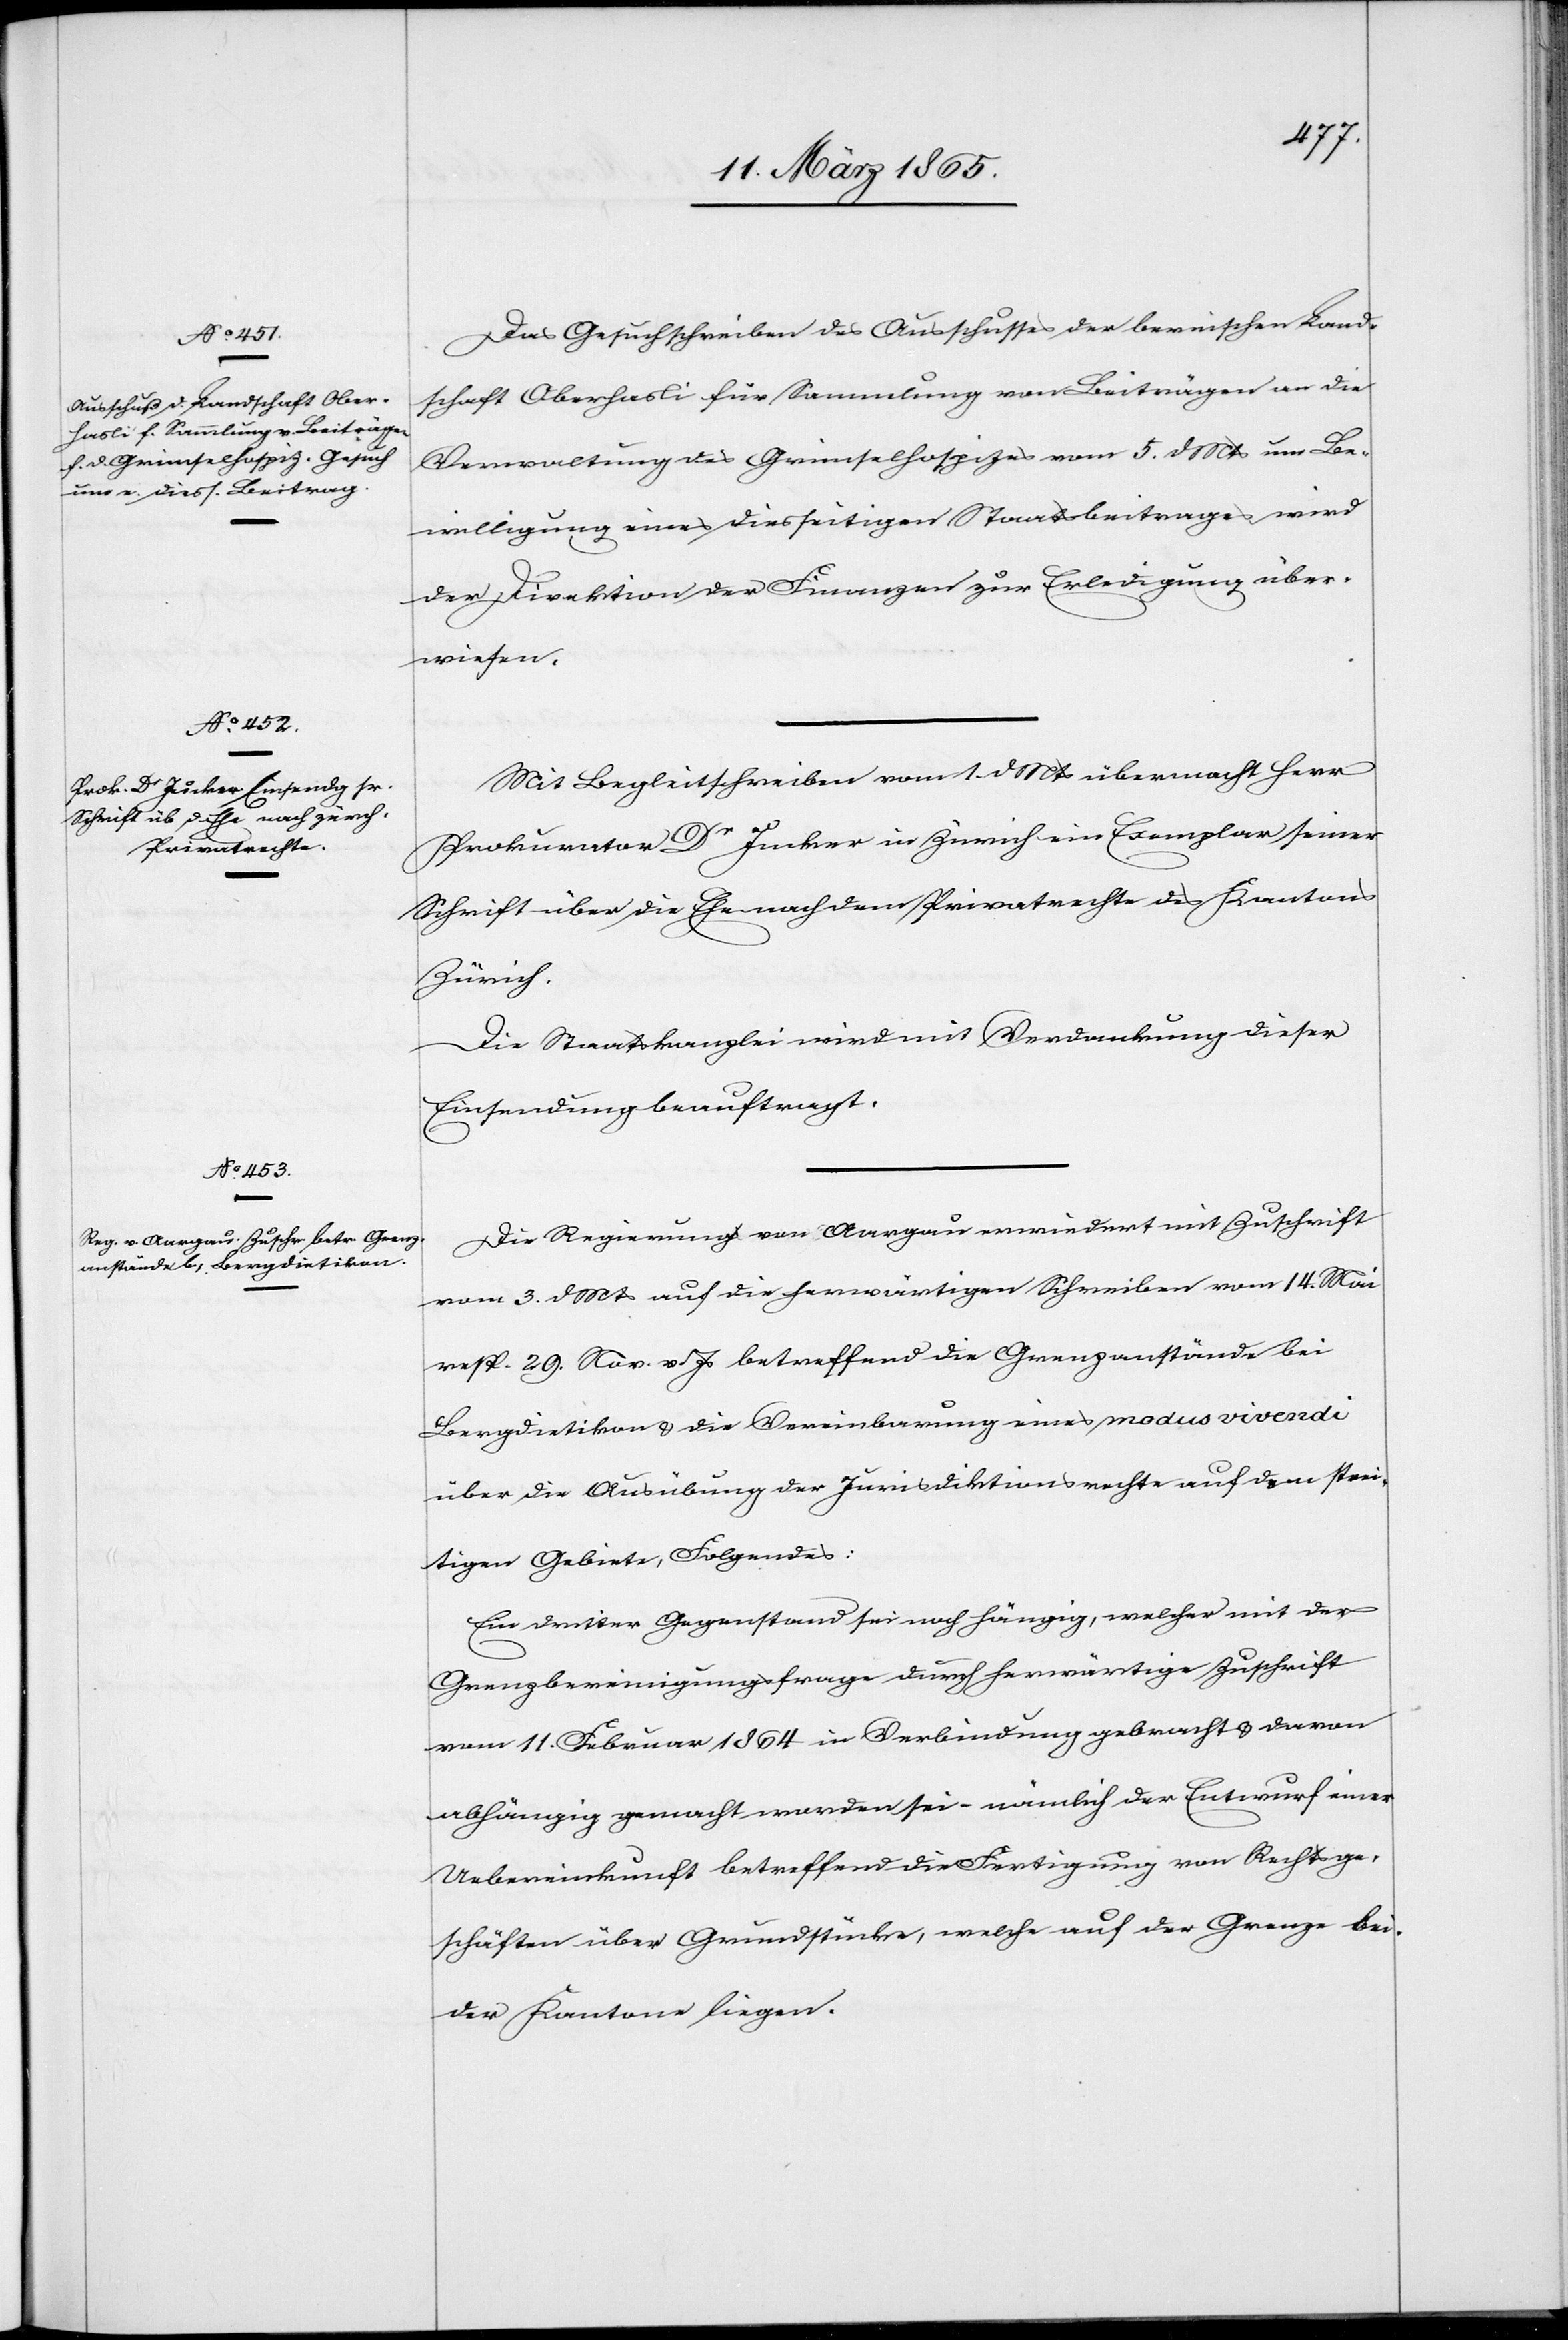
Das Gesuchschreiben des Ausschusses der bernischen Land¬
schaft Oberhasli für Sammlung von Beiträgen an die
Verwaltung des Grimselhospizes vom 5. d Mts um Be¬
willigung eines diesseitigen Staatsbeitrages wird
der Direktion der Finanzen zur Erledigung über¬
wiesen.
Mit Begleitschreiben vom 1 d. Mts übermacht Herr
Prokurator Dr Jucker in Zürich ein Exemplar seiner
Schrift über die Ehe nach dem Privatrechte des Kantons
Zürich.
Die Staatskanzlei wird mit Verdankung dieser
Einsendung beauftragt.
Die Regierung von Aargau erwiedert mit Zuschrift
vom 3. d Mts auf die herwärtigen Schreiben vom 14. Mai
resp. 29. Nov. v. Js betreffend die Grenzanstände bei
Bergdietikon & die Vereinbarung eines modus vivendi
über die Ausübung der Jurisdiktionsrechte auf dem strei¬
tigen Gebiete, Folgendes:
Ein dritter Gegenstand sei noch hängig, welcher mit der
Grenzbereinigungsfrage durch herwärtige Zuschrift
vom 11. Februar 1864 in Verbindung gebracht & davon
abhängig gemacht worden sei – nämlich der Entwurf einer
Uebereinkunft betreffend die Fertigung von Rechtsge¬
schäften über Grundstücke, welche auf der Grenze bei¬
der Kantone liegen.